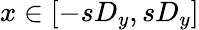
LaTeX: x\in[-sD_{y},sD_{y}]